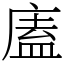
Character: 廅